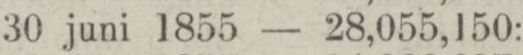
„ 30 juni 1855 — 28,055,150: —